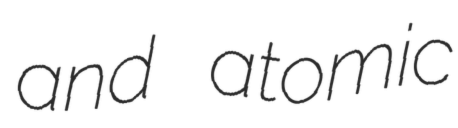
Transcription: and atomic